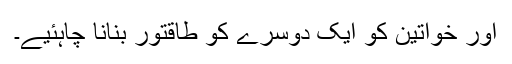
اور خواتین کو ایک دوسرے کو طاقتور بنانا چاہئیے۔